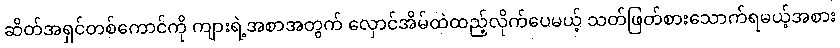
ဆိတ်အရှင်တစ်ကောင်ကို ကျားရဲ့အစာအတွက် လှောင်အိမ်ထဲထည့်လိုက်ပေမယ့် သတ်ဖြတ်စားသောက်ရမယ့်အစား